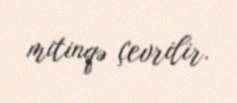
mitinqə çevrilir.